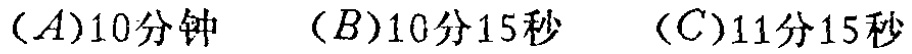
$(A)10\text{分钟}\quad (B)10\text{分}15\text{秒}\quad (C)11\text{分}15\text{秒}$